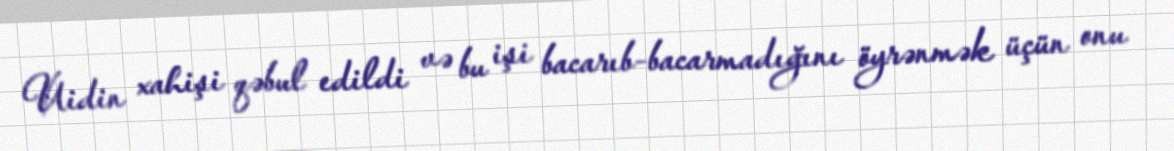
Uidin xahişi qəbul edildi və bu işi bacarıb-bacarmadığını öyrənmək üçün onu